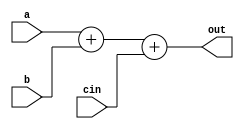
`timescale 1ns / 1ps
//////////////////////////////////////////////////////////////////////////////////
//
//The following is an alu. 
//It is an adder, but capable of subtraction: 
//Recall that subtraction means adding the two's complement-- 
//a - b = a + (-b) = a + (inverted b + 1) 
//The 1 will be coming in as cin (carry-in)  
//
//////////////////////////////////////////////////////////////////////////////////

module alu
	(
		output wire [7:0] out,
		input wire [7:0] a, b,
		input wire cin
    );

 assign out = a + b + cin;
 
endmodule